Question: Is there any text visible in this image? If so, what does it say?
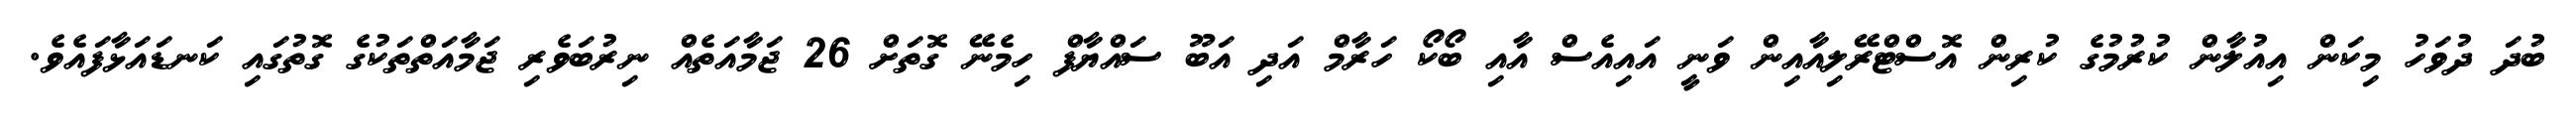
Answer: ބުދަ ދުވަހު މިކަން އިއުލާން ކުރުމުގެ ކުރިން އޮސްޓްރޭލިއާއިން ވަނީ އައިއެސް އާއި ބޯކޯ ހަރާމް އަދި އަބޫ ސައްޔާފް ހިމެނޭ ގޮތަށް 26 ޖަމާއަތެއް ނިރުބަވެރި ޖަމާއަތްތަކުގެ ގޮތުގައި ކަނޑައަޅާފައެވެ.